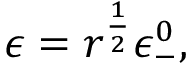
\epsilon = r ^ { \frac { 1 } { 2 } } \epsilon _ { - } ^ { 0 } ,